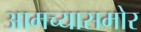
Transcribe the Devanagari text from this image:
आमच्यासमोर